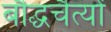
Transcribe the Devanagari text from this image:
बौद्धचैत्यों